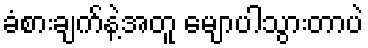
ခံစားချက်နဲ့အတူ မျောပါသွားတာပဲ